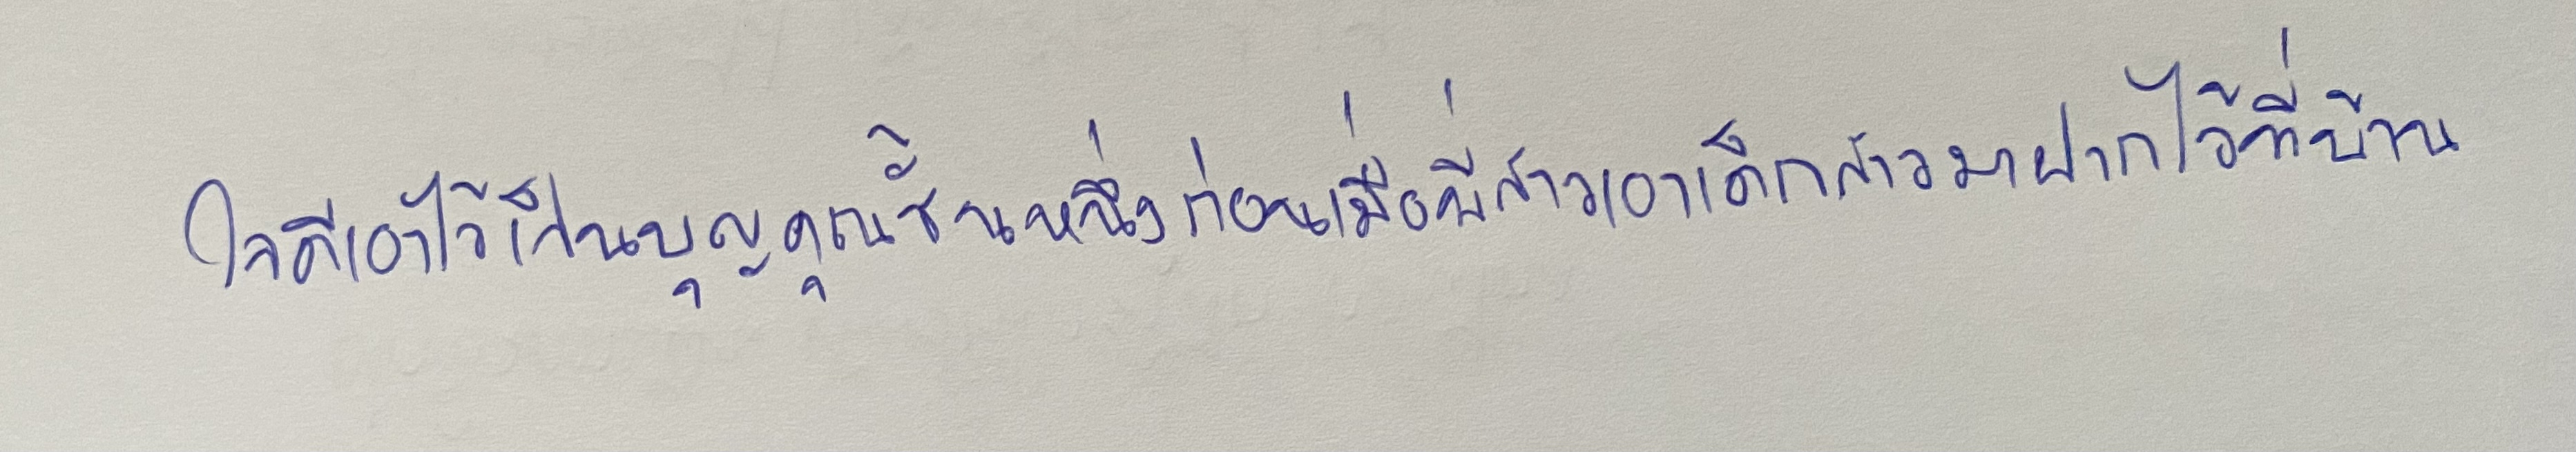
ใจดีเอาไว้เป็นบุญคุณชั้นหนึ่งก่อนเมื่อพี่สาวเอาเด็กสาวมาฝากไว้ที่บ้าน